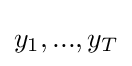
y_{1},...,y_{T}